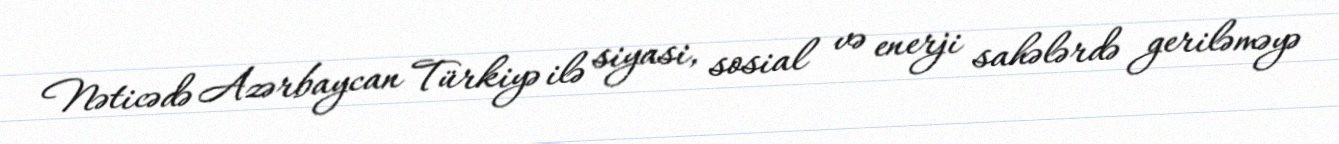
Nəticədə Azərbaycan Türkiyə ilə siyasi, sosial və enerji sahələrdə geriləməyə